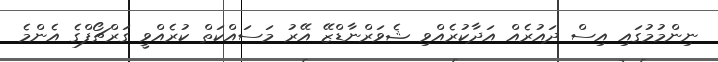
ނިންމުމުގައި އިސް ދައުރެއް އަދާކުރެއްވި ޝެވަރްނާޑްޒޭ އޭރު މަސައްކަތް ކުރެއްވީ ގަރްޗޯފްގެ އެންމެ